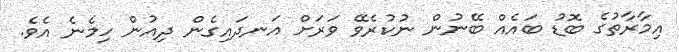
އިމާރާތުގެ ބޮޑު ބައެއް ބޭނުން ނުކުރެވޭ ވަރަށް އަނދައިގެން ދިއުން ހިމެނެ އެވެ.